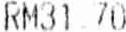
RM31.70